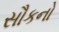
સૌકનો